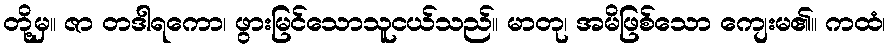
တို့မှ။ ဇာ တဒါရကော၊ ဖွားမြင်သောသူငယ်သည်။ မာတု၊ အမိဖြစ်သော ကျေးမ၏။ ကထံ၊